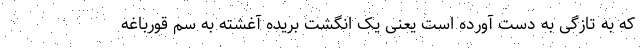
که به تازگی به دست آورده است یعنی یک انگشت بریده آغشته به سم قورباغه